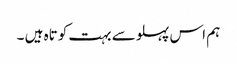
ہم اس پہلو سے بہت کوتاہ ہیں ۔